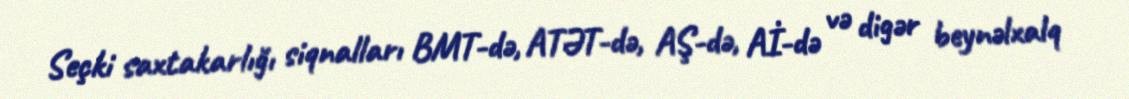
Seçki saxtakarlığı siqnalları BMT-də, ATƏT-də, AŞ-də, Aİ-də və digər beynəlxalq